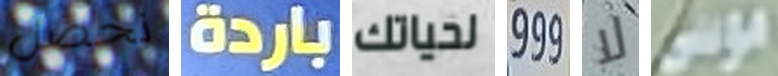
نحصل باردة لحياتك 999 لا موسى